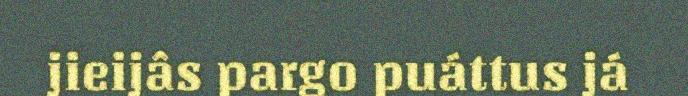
jieijâs pargo puáttus já